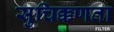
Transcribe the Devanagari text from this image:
सुचिक्कणता